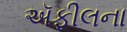
ઍફીલના